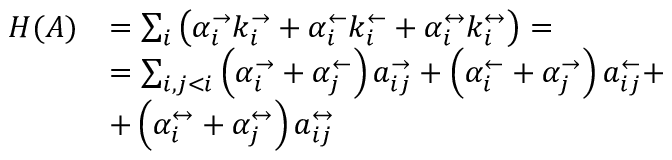
\begin{array} { r l } { H ( A ) } & { = \sum _ { i } \left( \alpha _ { i } ^ { \rightarrow } k _ { i } ^ { \rightarrow } + \alpha _ { i } ^ { \leftarrow } k _ { i } ^ { \leftarrow } + \alpha _ { i } ^ { \leftrightarrow } k _ { i } ^ { \leftrightarrow } \right) = } \\ & { = \sum _ { i , j < i } \left( \alpha _ { i } ^ { \rightarrow } + \alpha _ { j } ^ { \leftarrow } \right) a _ { i j } ^ { \rightarrow } + \left( \alpha _ { i } ^ { \leftarrow } + \alpha _ { j } ^ { \rightarrow } \right) a _ { i j } ^ { \leftarrow } + } \\ & { + \left( \alpha _ { i } ^ { \leftrightarrow } + \alpha _ { j } ^ { \leftrightarrow } \right) a _ { i j } ^ { \leftrightarrow } } \end{array}